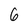
Character: 6